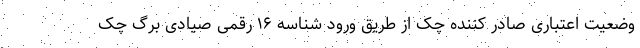
وضعیت اعتباری صادر کننده چک از طریق ورود شناسه ۱۶ رقمی صیادی برگ چک